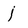
Character: j